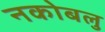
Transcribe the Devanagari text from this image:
नकोबलु